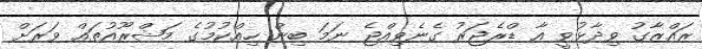
ރައްޒާގު ވިދާޅުވީ އާ ޑްރެޖަރު ގެނެވިއްޖެ ނަމަ ބިން ހިއްކުމުގެ މަޝްރޫއުތައް ވަރަށް